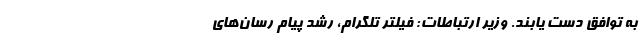
به توافق دست یابند. وزیر ارتباطات: فیلتر تلگرام، رشد پیام ‌رسان‌های